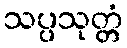
သပ္ပသုတ္တံ